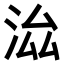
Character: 𣳵